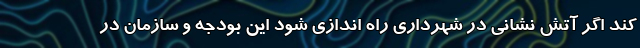
کند اگر آتش نشانی در شهرداری راه اندازی شود این بودجه و سازمان در